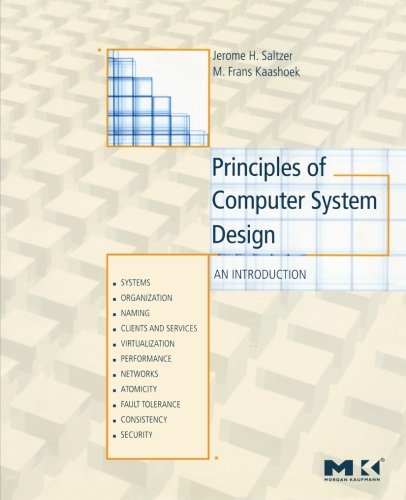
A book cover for Principles of Computer System Design: An Introduction; Jerome H. Saltzer; Computers & Technology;